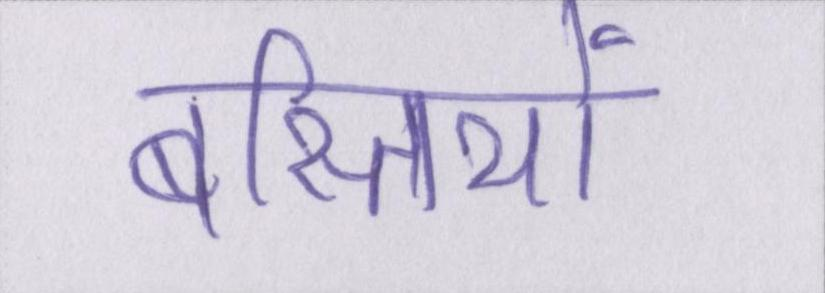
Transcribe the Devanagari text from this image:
बस्तियों